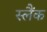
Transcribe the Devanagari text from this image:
स्लैंक